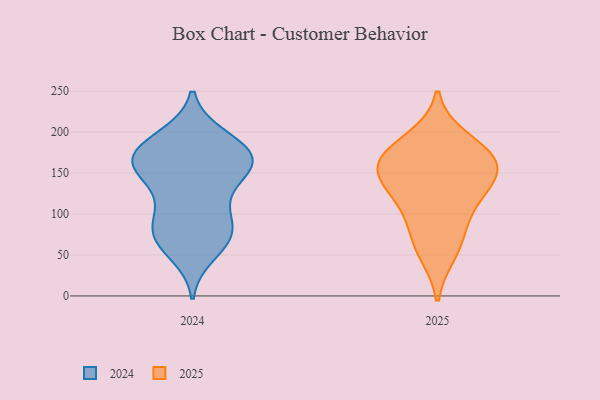
{"axis": {"x": "Market Share (%)", "y": "Value"}, "legend": ["2024", "2025"], "data": [{"x": "", "y": 124, "type": "2025"}, {"x": "", "y": 106, "type": "2025"}, {"x": "", "y": 74, "type": "2025"}, {"x": "", "y": 140, "type": "2025"}, {"x": "", "y": 163, "type": "2025"}, {"x": "", "y": 191, "type": "2025"}, {"x": "", "y": 171, "type": "2025"}, {"x": "", "y": 152, "type": "2025"}, {"x": "", "y": 165, "type": "2025"}, {"x": "", "y": 53, "type": "2025"}, {"x": "", "y": 52, "type": "2024"}, {"x": "", "y": 161, "type": "2024"}, {"x": "", "y": 194, "type": "2024"}, {"x": "", "y": 148, "type": "2024"}, {"x": "", "y": 68, "type": "2024"}, {"x": "", "y": 77, "type": "2024"}, {"x": "", "y": 167, "type": "2024"}, {"x": "", "y": 169, "type": "2024"}, {"x": "", "y": 114, "type": "2024"}, {"x": "", "y": 86, "type": "2024"}, {"x": "", "y": 111, "type": "2024"}, {"x": "", "y": 183, "type": "2024"}, {"x": "", "y": 78, "type": "2024"}, {"x": "", "y": 167, "type": "2024"}, {"x": "", "y": 147, "type": "2024"}, {"x": "", "y": 161, "type": "2024"}, {"x": "", "y": 166, "type": "2024"}, {"x": "", "y": 192, "type": "2024"}, {"x": "", "y": 73, "type": "2024"}]}